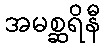
အမစ္ဆရိနီ